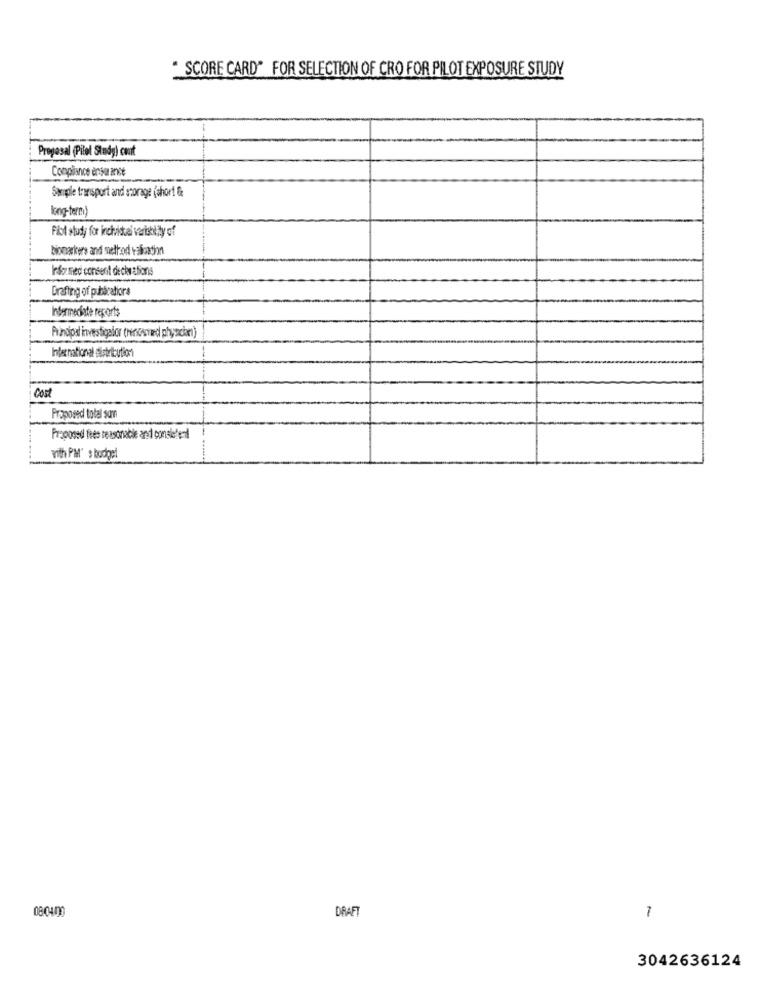
" SCORE CARD" FOR SELECTION OF CRO FOR PILOT EXPOSURE STUDY
Proyasal (Pilel Stadg) cout
Compliance ensu ance
Sangle transport and storage (short &
long-term
Pilot study for inchistal variability of
Info med consent decir alons
Grafiing of pubbratiors
Intermediate reports
Principalinvestigator (rencesnad ph, xian)
International adistribution
Cost
Proposed total sum
Proposed fees reasonable and conslebent
with PM' s budget
08:0400
DRAF
7
3042636124